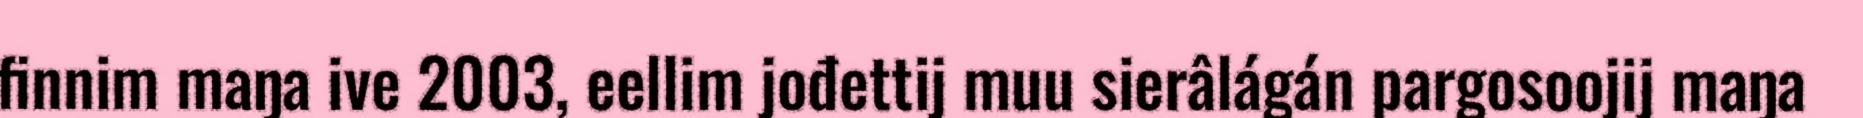
finnim maŋa ive 2003, eellim jođettij muu sierâlágán pargosoojij maŋa